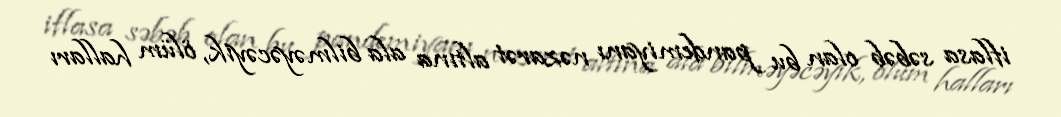
iflasa səbəb olan bu pandemiyanı nəzarət altına ala bilməyəcəyik, ölüm halları